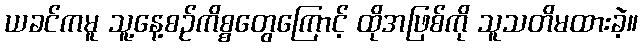
ယခင်ကမူ သူ့နေ့စဉ်ကိစ္စတွေကြောင့် ထိုအဖြစ်ကို သူသတိမထားခဲ့။